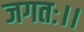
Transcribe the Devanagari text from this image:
जगतः।।